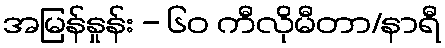
အမြန်နှုန်း - ၆၀ ကီလိုမီတာ/နာရီ